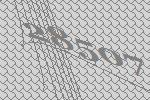
28507